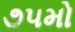
૭૫મો